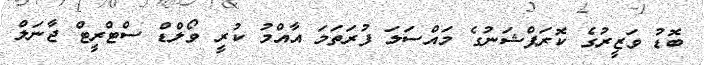
ބޮޑު ވަޒީރުގެ ކޮރަޕްޝަނުގެ މައްސަލަ ފުރަތަމަ އާއްމު ކުރީ ވޯލްޑް ސްޓްރީޓް ޖާނަލް